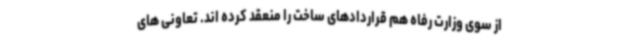
از سوی وزارت رفاه هم قراردادهای ساخت را منعقد کرده اند. تعاونی های